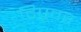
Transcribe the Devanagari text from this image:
टिपूवर